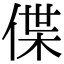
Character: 偞